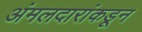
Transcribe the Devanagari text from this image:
अंमलदारांकडून